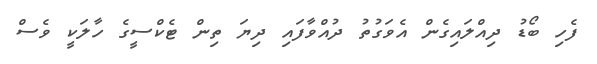
ފެހި ބޯޑު ދިއްލައިގެން އެވަގުތު ދުއްވާފައި ދިޔަ ތިން ޓެކްސީގެ ހާލަކީ ވެސް